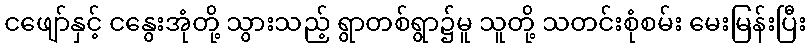
ငဖျော်နှင့် ငနွေးအုံတို့ သွားသည့် ရွာတစ်ရွာ၌မူ သူတို့ သတင်းစုံစမ်း မေးမြန်းပြီး